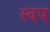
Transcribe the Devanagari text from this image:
स्वप